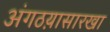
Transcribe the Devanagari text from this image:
अंगठय़ासारखा